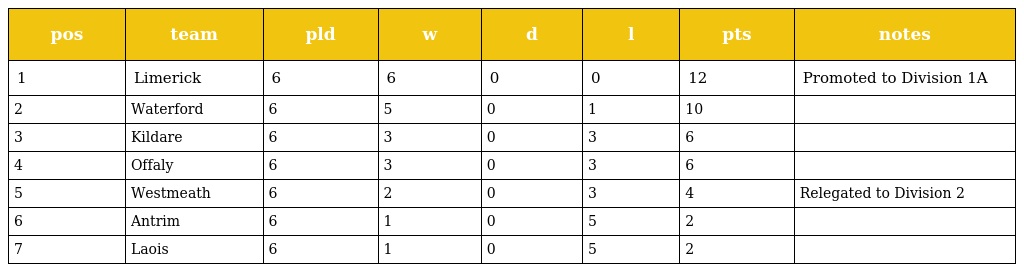
| pos | team | pld | w | d | l | pts | notes |
 | --- | --- | --- | --- | --- | --- | --- | --- |
 | 1 | Limerick | 6 | 6 | 0 | 0 | 12 | Promoted to Division 1A |
 | 2 | Waterford | 6 | 5 | 0 | 1 | 10 |  |
 | 3 | Kildare | 6 | 3 | 0 | 3 | 6 |  |
 | 4 | Offaly | 6 | 3 | 0 | 3 | 6 |  |
 | 5 | Westmeath | 6 | 2 | 0 | 3 | 4 | Relegated to Division 2 |
 | 6 | Antrim | 6 | 1 | 0 | 5 | 2 |  |
 | 7 | Laois | 6 | 1 | 0 | 5 | 2 |  |